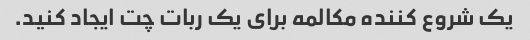
یک شروع کننده مکالمه برای یک ربات چت ایجاد کنید.